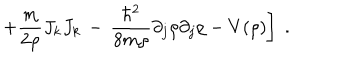
LaTeX: \left. + \frac { m } { 2 \rho } J _ { k } J _ { k } \, - \, \frac { \hbar ^ { 2 } } { 8 m \rho } \partial _ { j } \rho \partial _ { j } \rho - V ( \rho ) \right] \; .